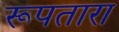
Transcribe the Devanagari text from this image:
रूपतारा